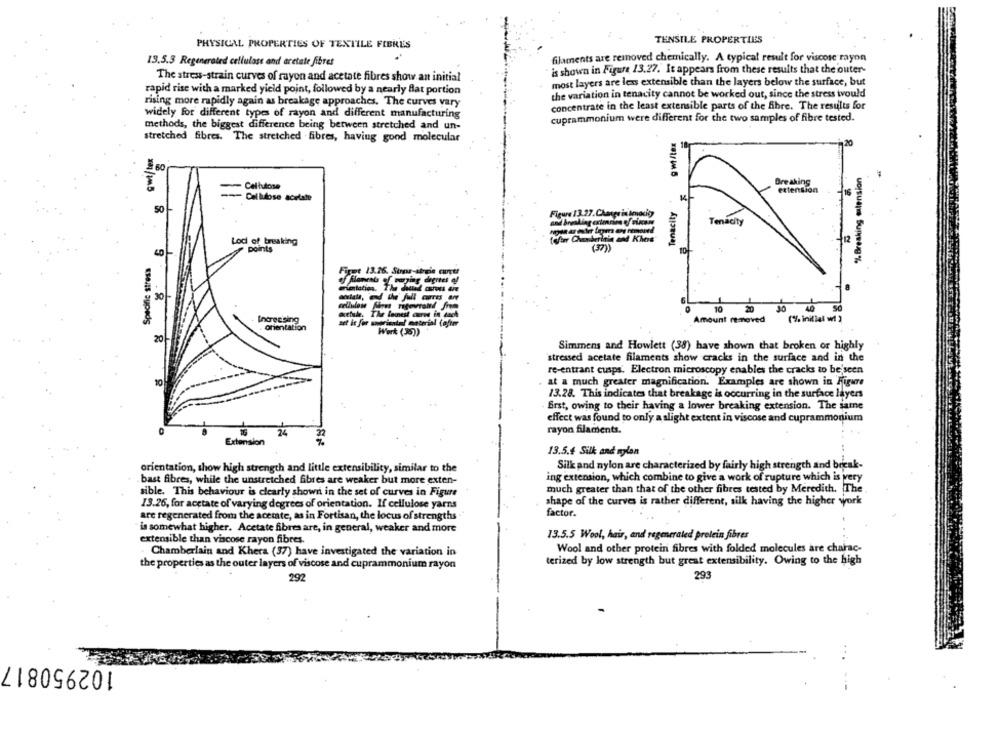
TENSILE PROPERTIES
PHYSICAL PROPERTIES OF TEXTILE FIBRES
filaments are removed chemically. A typical result for viscose rayon
19.5.3 Regenerated cellulose and aretate fibres
is shown in Figure 13.27. It appears from these results that the outer-
The stress-strain curves of rayon and acetate fibres show an initial
most layers are les extensible than the layers below the surface, but
rapid rise with a marked yield point, followed by a nearly flat portion
the variation in tenacity cannot be worked out, since the stress tvould
rising more rapidly again as breakage approaches. The curves vary
concentrate in the least extensible parts of the fibre. The results for
widely for different types of rayon and different manufacturing
cuprammonium were different for the two samples of fibre tested.
methods, the biggest difference being between stretched and un-
stretched fibres. The stretched fibres, having gond molecular
%Breaking malension
Breaking
Cellulose
extension
Cellulose acetate
Tenacity
50
Tenacity
Lodi of breaking
points
(37))
40
Specific stress
Firmt
nentation.
30
10
Increasing
Amount removed
(% initial w! )
Ghentation
20
Simmens and Howlett (38) have shown that broken or highly
stressed acetate filaments show cracks in the surface and in the
re-entrant cusps. Electron microscopy enables the cracks to be'seen
10
at a much greater magnification. Examples are shown in Figure
13.28. This indicates that breakage is occurring in the surface layers
first, owing to their having a lower breaking extension. The same
effect was found to only a slight extent in viscose and cuprammonium
rayon filaments.
24
32
Extension
13.5.4 Silk and nylon
orientation, show high strength and little extensibility, similar to the
Silk and nylon are characterized by fairly high strength and break-
bast fibres, while the unstretched fibres are weaker but more exten-
ing extension, which combine to give a work of rupture which is very
much greater than that of the other fibres tested by Meredith. The
sible. This behaviour is clearly shown in the set of curves in Figure
13.26, for acetate of varying degrees of orientation. If cellulose yarns
shape of the curves is rather different, silk having the higher work
are regenerated from the acetate, as in Fortisan, the locus of strengths
factor.
is somewhat higher. Acetate fibres are, in general, weaker and more
extensible than viscose rayon fibres.
13.5.5 Wool, hair, and regeneraled protein fibres
Wool and other protein fibres with folded molecules are charac-
. Chamberlain and Khera (37) have investigated the variation in
terized by low strength but great extensibility. Owing to the high
the properties as the outer layers of viscose and cuprammonium rayon
292
293
102950817